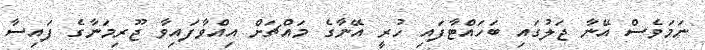
ނަމަވެސް އޭނާ ޖަލުގައި ބަހައްޓާފައި ހުރީ އޭނާގެ މައްޗަށް އިއްވާފައިވާ ޖޫރިމަނާގެ ފައިސާ